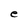
Character: e